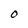
Character: O